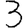
Digit: 3